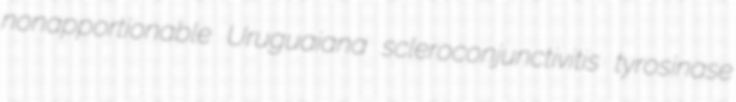
nonapportionable Uruguaiana scleroconjunctivitis tyrosinase